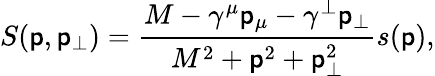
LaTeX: S(\mathsf{p},\mathsf{p}_{\perp})=\frac{{M-\gamma^{\mu}\mathsf{p}_{\mu}-\gamma^{\perp}\mathsf{p}_{\perp}}}{{M^{2}+\mathsf{p}^{2}+\mathsf{p}_{\perp}^{2}}}s(\mathsf{p}),